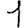
Digit: 1